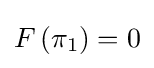
F\left(\pi _{1}\right)=0